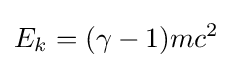
E_{k}=(\gamma -1)mc^{2}